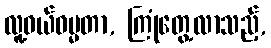
လူ့ဝယ်ဓမ္မတာ, ကြုံတွေ့လာသည့်,